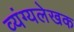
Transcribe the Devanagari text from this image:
व्यंग्यलेखक